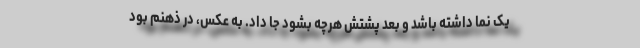
یک نما داشته باشد و بعد پشتش هرچه بشود جا داد. به عکس، در ذهنم بود